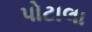
પોટાલા